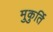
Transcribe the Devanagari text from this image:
मुकुर्ति